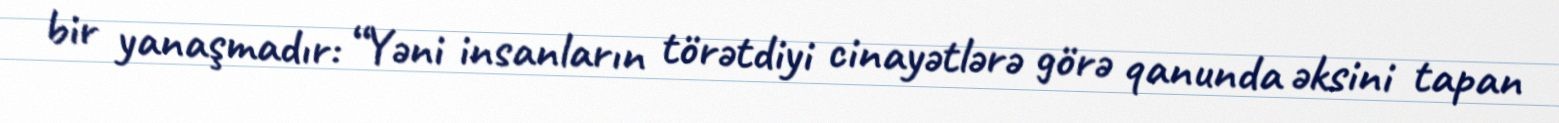
bir yanaşmadır: “Yəni insanların törətdiyi cinayətlərə görə qanunda əksini tapan